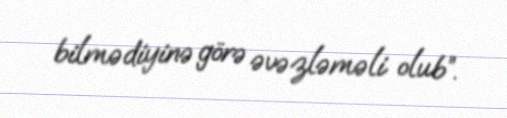
bilmədiyinə görə əvəzləməli olub”.